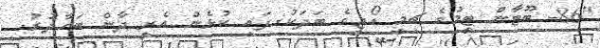
"86- ބޫޓާން ޓީމުގެ ޗިމީ ޑޯޖީގެ ބަދަކުގފައި ކުޅެން އެރީ ދާން ބަހާދުރު.